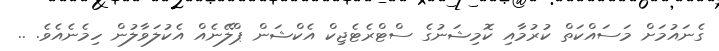
ގެނައުމަށް މަސައްކަތް ކުރުމާއި ކޮމިޝަނުގެ ސްޓްރެޓެޖިކް އެކްޝަން ޕްލޭނެއް އެކުލަވާލުން ހިމެނެއެވެ. ..